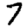
Digit: 7